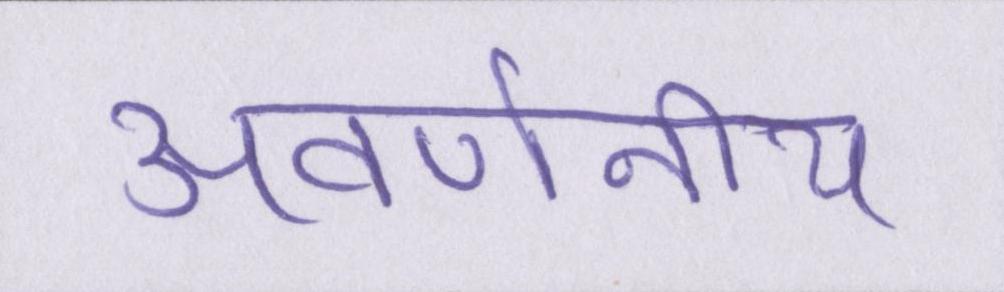
अवर्णनीय